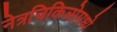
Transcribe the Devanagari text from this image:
नेत्रचिकित्सेमध्ये